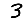
Digit: 3